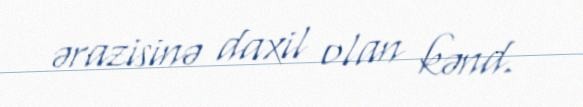
ərazisinə daxil olan kənd.